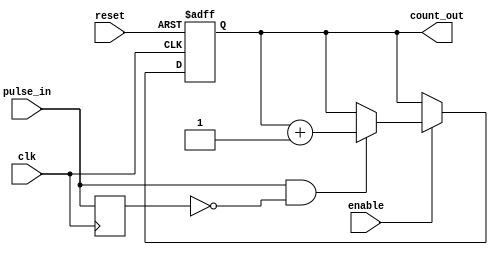
module pulse_counter #(
    parameter COUNT_WIDTH = 8  // Define the width of the counter (8 bits by default)
)(
    input wire clk,             // Clock signal
    input wire reset,           // Asynchronous reset signal
    input wire pulse_in,        // Input pulse signal
    input wire enable,          // Enable signal for counting
    output reg [COUNT_WIDTH-1:0] count_out // Output count value
);

    // Internal signal to detect rising edge of pulse_in
    reg pulse_in_d; // Delayed version of pulse_in

    // Always block for counting logic
    always @(posedge clk or posedge reset) begin
        if (reset) begin
            count_out <= 0; // Reset count to zero
        end else if (enable) begin
            // Detect rising edge of pulse_in
            if (pulse_in && !pulse_in_d) begin
                count_out <= count_out + 1; // Increment count
            end
        end
    end

    // Always block to capture the delayed pulse_in
    always @(posedge clk) begin
        pulse_in_d <= pulse_in; // Store the current pulse_in value
    end

endmodule